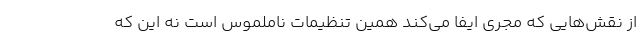
از نقش‌هایی که مجری ایفا می‌کند همین تنظیمات ناملموس است نه این که